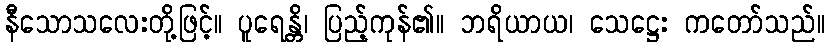
နီသောသလေးတို့ဖြင့်။ ပူရေန္တိ၊ ပြည့်ကုန်၏။ ဘရိယာယ၊ သေဋ္ဌေး ကတော်သည်။